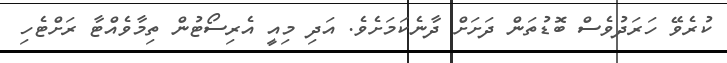
ކުރެވޭ ހަރަދުވެސް ބޮޑުތަން ދަށަށް ދާނެކަމަށެވެ. އަދި މިއީ އެރިސޯޓުން ތިމާވެއްޓާ ރަށްޓެހި